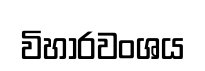
විහාරවංශය